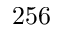
2 5 6